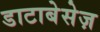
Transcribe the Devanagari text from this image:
डाटाबेसेज़